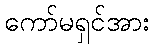
ကော်မရှင်အား